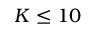
K \leq 1 0